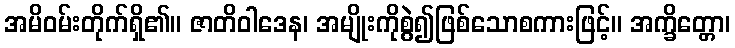
အမိဝမ်းတိုက်ရှိ၏။ ဇာတိဝါဒေန၊ အမျိုးကိုစွဲ၍ဖြစ်သောစကားဖြင့်။ အက္ခိတ္တော၊